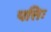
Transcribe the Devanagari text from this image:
पत्तिः